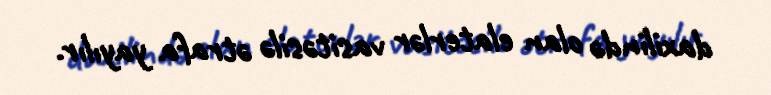
daxilində olan elaterlər vasitəsilə ətrafa yayılır.